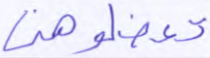
تعضلوهن